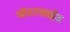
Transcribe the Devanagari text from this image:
वॉटरसाईड